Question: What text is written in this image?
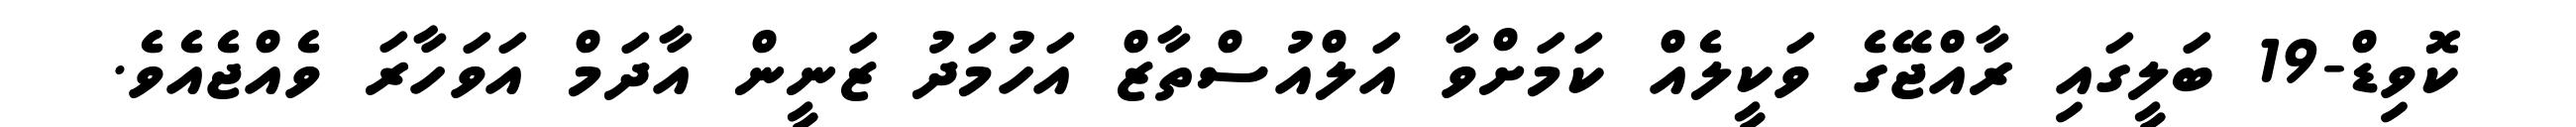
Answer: ކޮވިޑް-19 ބަލީގައި ރާއްޖޭގެ ވަކީލެއް ކަމަށްވާ އަލްއުސްތާޒް އަހުމަދު ޒަނީން އާދަމް އަވަހާރަ ވެއްޖެއެވެ.